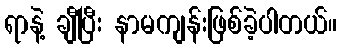
ရာနဲ့ ချီပြီး နာမကျန်းဖြစ်ခဲ့ပါတယ်။